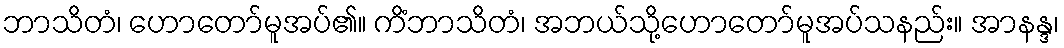
ဘာသိတံ၊ ဟောတော်မူအပ်၏။ ကိံဘာသိတံ၊ အဘယ်သို့ဟောတော်မူအပ်သနည်း။ အာနန္ဒ၊